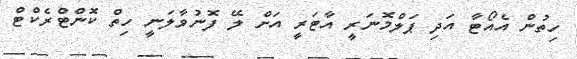
ހިތުން އެއޯޓާ އަދި ޕަލްމޮނަރީ އާޓަރީ އަށް ލޭ ފޮނުވާލަނީ ހިތް ކޮންޓްރެކްޓް